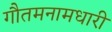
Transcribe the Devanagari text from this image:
गौतमनामधारी